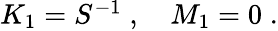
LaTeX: \begin{array}{r}{K_{1}=S^{-1}\; ,\quad M_{1}=0\; .}\end{array}